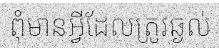
ពុំមានអ្វីដែលត្រូវឆ្ងល់